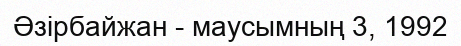
Әзірбайжан - маусымның 3, 1992